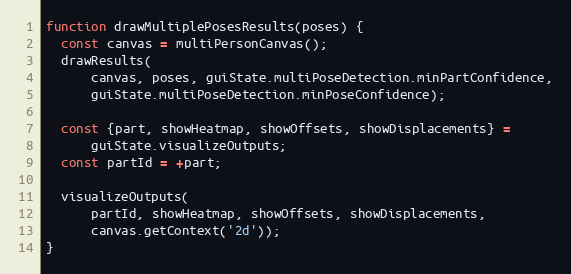
Language: JavaScript
function drawMultiplePosesResults(poses) {
  const canvas = multiPersonCanvas();
  drawResults(
      canvas, poses, guiState.multiPoseDetection.minPartConfidence,
      guiState.multiPoseDetection.minPoseConfidence);

  const {part, showHeatmap, showOffsets, showDisplacements} =
      guiState.visualizeOutputs;
  const partId = +part;

  visualizeOutputs(
      partId, showHeatmap, showOffsets, showDisplacements,
      canvas.getContext('2d'));
}